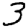
Digit: 3